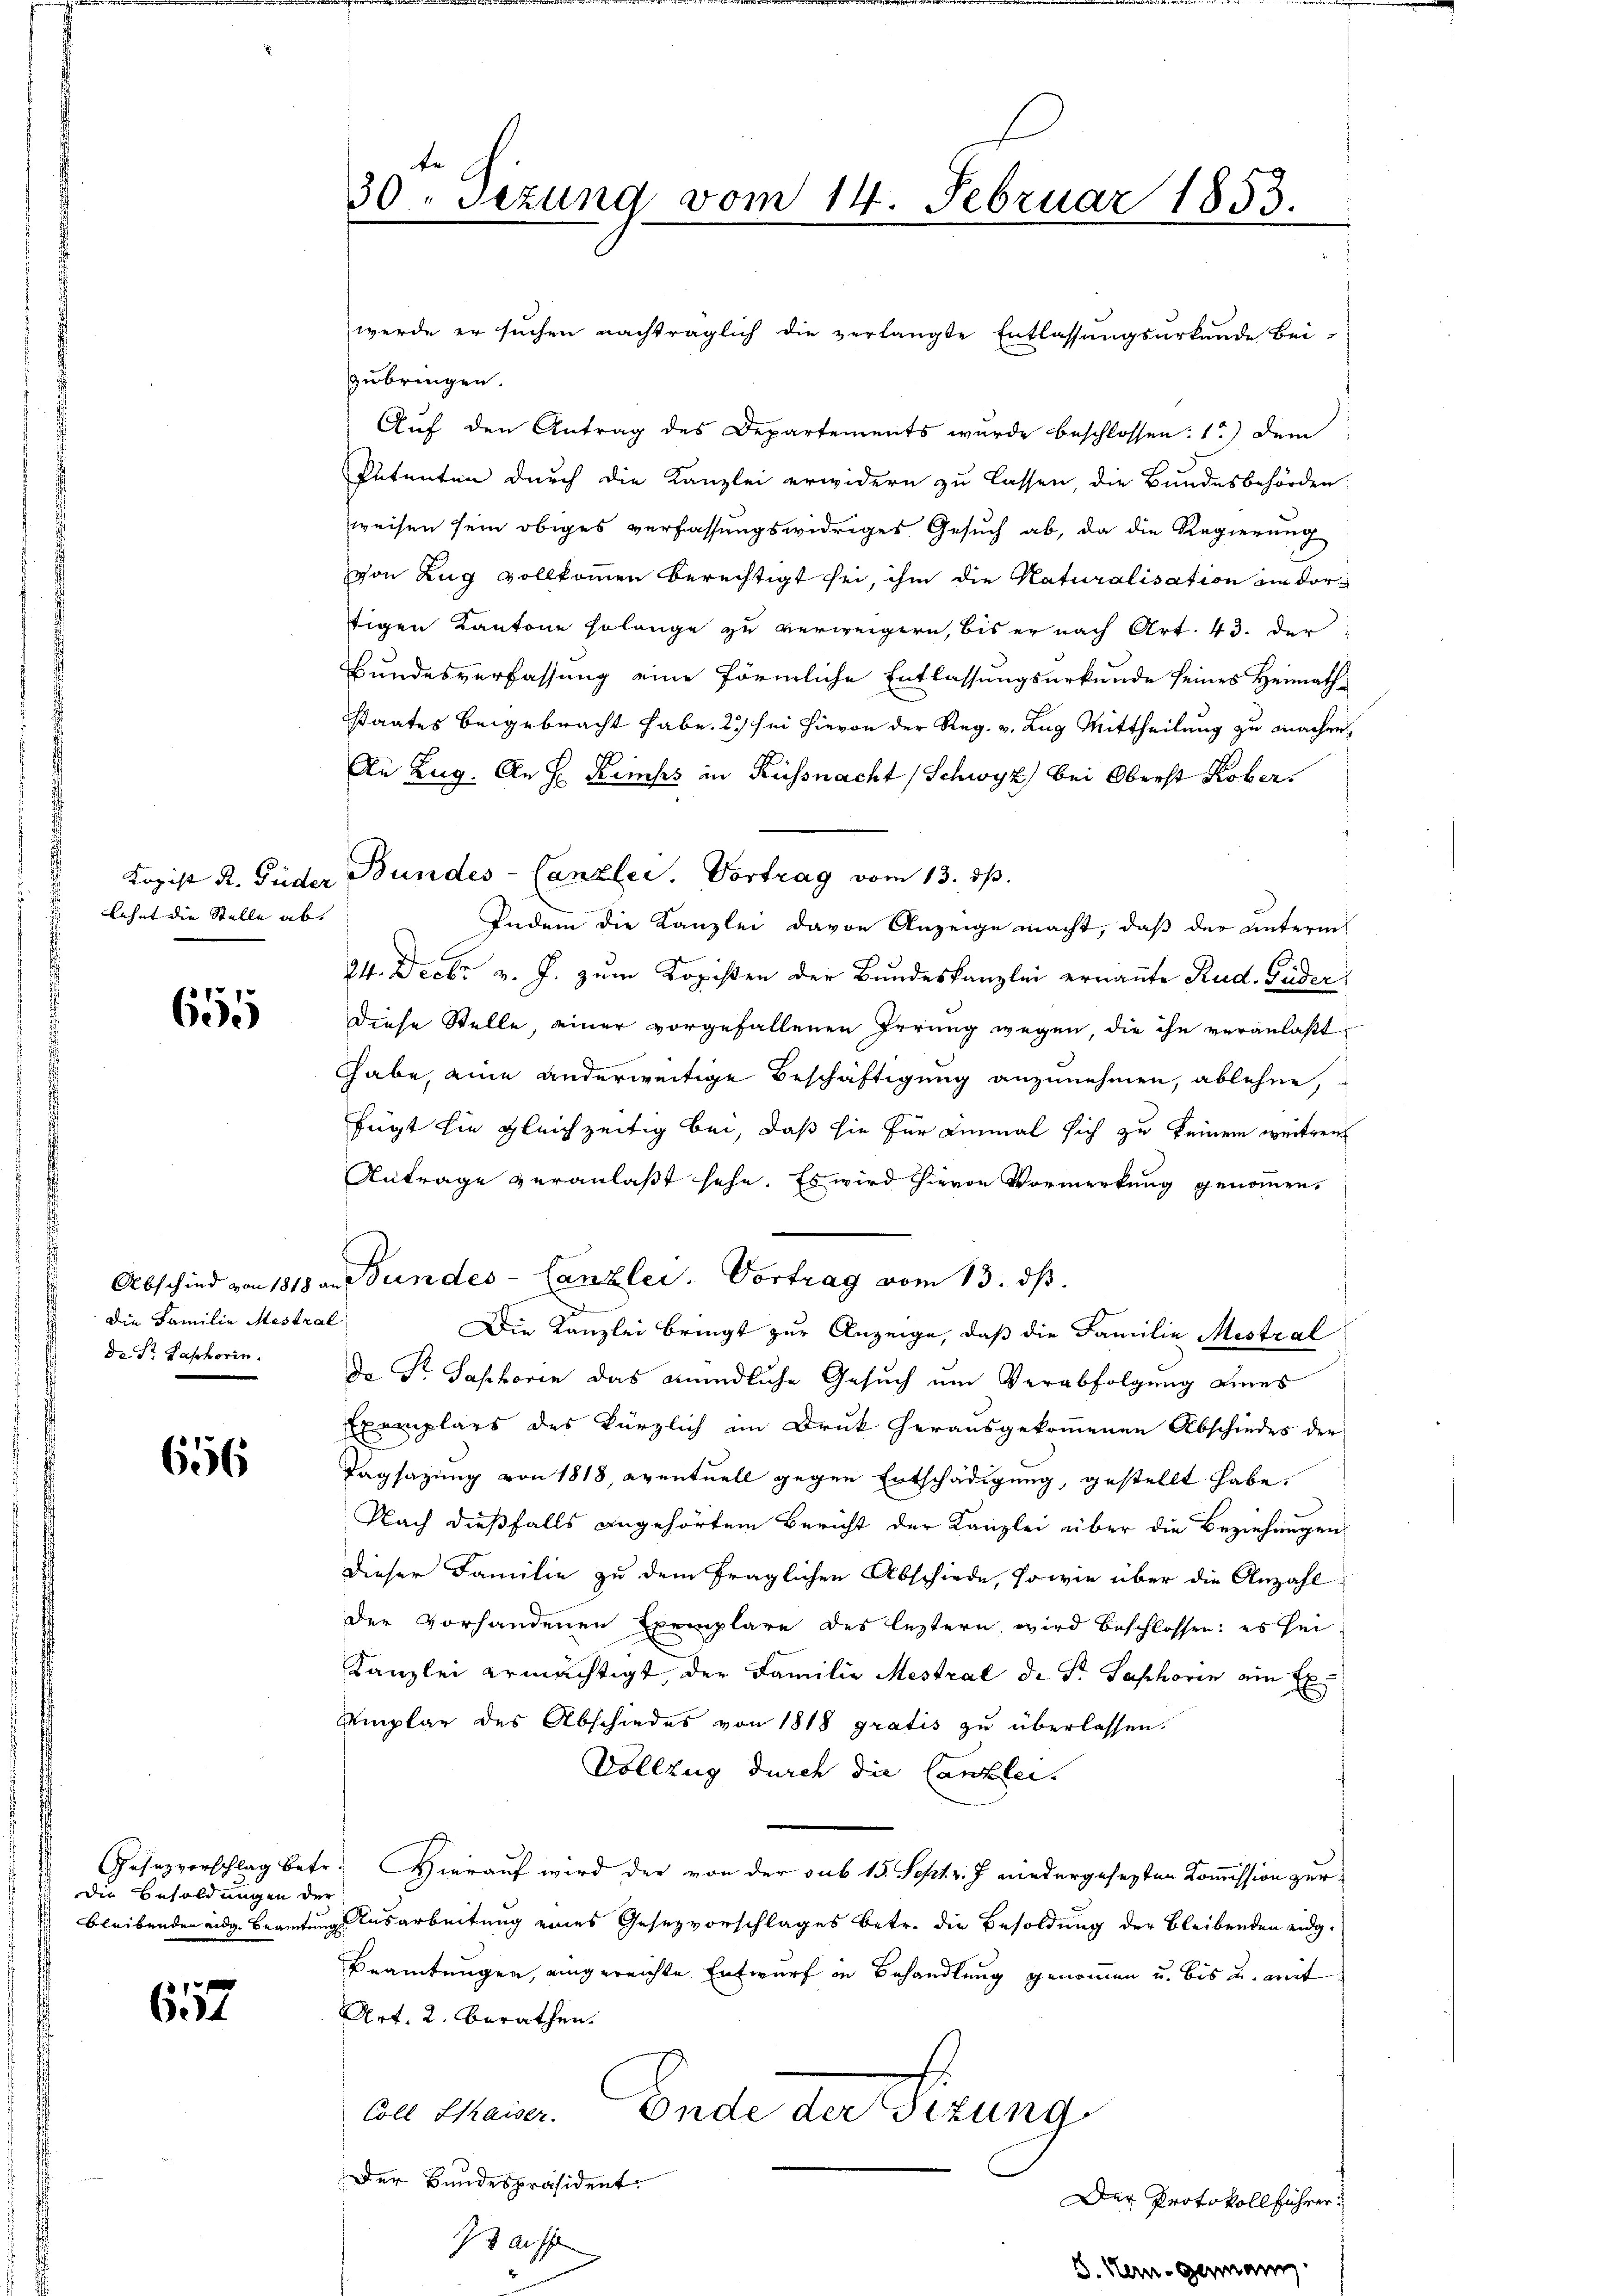
lehnt die Stelle ab.

655

Die Familie Mestral
d. St. Pastorin

656

die Besoldungen der

657

te
30 sezung vom 14. Februar 1853.

werde er suchen nachträglich die verlangte Entlassungsurkunde Bei-
zubringen.
Auf den Antrag des Departements wurde beschlossen: 1.) Dem
Putenten durch die Kanzlei erwidern zu lassen, die Bundesbehörden
weisen sein obiges verfassungswidriges Gesuch ab, da die Regierung
von Zug vollkommen berechtigt sei, ihm die Katuralisation im dortigen Kantone Erlange zu verweigern, bis er nach Art. 43. der
Bundesverfassung eine förmliche Entlassungsurkunde seines Heimath-
staates beigebracht habe. 2) sei hievon der Reg. v. Zug Mittheilung zu machen,
An Zug. An H Kemps in Küssnacht (Schwyz) bei Oberst Kober¬
Lopist R. Fuder Bundes-Canzler. Vortrag vom 13. ds.
Indem die Kanzlei davon Anzeige macht, daß der unterm
24. Decbr v. J. zum Kopisten der Bundeskanzlei ernannte Rud. Fuder,
Diese Stelle, einer vorgefallenen Irrung wegen, die ihn veranlaßt
habe, eine anderweitige Beschäftigung anzunehmen, ablehne,
fügt sie gleichzeitig bei, daß sie für einmal sich zu keinem weiten
Antrage veranlaßt sehe. Es wird hievon Vormerkung genommen,
Abschied von 1813 an Bundes-Canzlei. Vortrag vom 13. dβ.
Die Kanzlei bringt zur Anzeige, daß die Familie Mistral
Da Dr. Saphorin das mündliche Gesuch um Verabfolgung eines
Exemplars des kürzlich im Druk herausgekommenen Abschiedes der
Tagsazung von 1818, eventuell gegen Entschädigung, gestellt habe.
Nach dießfalls angehörtem Bericht der Kanzlei über die Beziehungen
dieser Familie zu dem fraglichen Abschiede, sowie über die Anzahl
der vorhandenen Exemplare des leztern, wird beschlossen: es sei
Kanzlei ermächtigt, der Familie Mestral de Sr. Saphorin ein Ex
Umplar des Abschiedes von 1818 gratis zu überlassen.
Vollzug durch die Canzlei.
Gesezvorschlag betr. Hierauf wird der von der sub 15. Sept v. J. wiedergesezten Kommission zur
bleibenden eidg. Beamtung Ausarbeitung eines Gesezvorschlages betr. die Besoldung der bleibenden eidg.
Beamtungen, eingereichte Entwurf in Behandlung genommen u. bis u. mit
Art. 2. Berathen.
Ende der Firung,
Coll Sthaiser.
Der Bundespräsident.
Der Protokollführer
I auf

8. Her